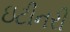
ઇટીનરી